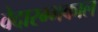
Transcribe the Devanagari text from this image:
वेदारम्भकाल